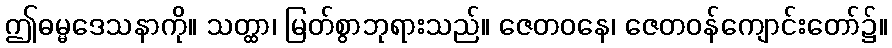
ဤဓမ္မဒေသနာကို။ သတ္ထာ၊ မြတ်စွာဘုရားသည်။ ဇေတဝနေ၊ ဇေတဝန်ကျောင်းတော်၌။